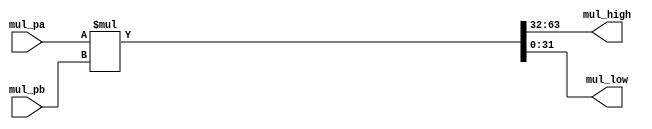
`timescale 1ns / 1ps

module combinational_multiplier(
	input [31:0] mul_pa,
	input [31:0] mul_pb,
	output wire [31:0] mul_high,
	output wire [31:0] mul_low
);

	assign {mul_high, mul_low} = mul_pa * mul_pb;

endmodule